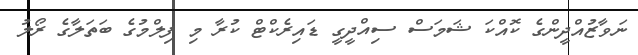
ނަވާޒުއްދީންގެ ކޮއްކަ ޝަމަސް ސިއްދީގީ ޑައިރެކްޓް ކުރާ މި ފިލްމުގެ ބަތަލާގެ ރޯލު